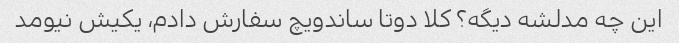
این چه مدلشه دیگه؟ کلا دوتا ساندویچ سفارش دادم، یکیش نیومد